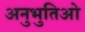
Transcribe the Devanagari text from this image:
अनुभुतिओ